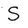
Character: S